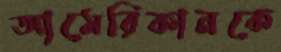
আমেরিকানকে